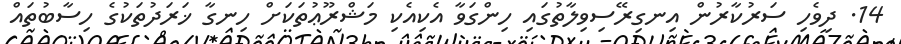
14. ދިވެހި ސަރުކާރުން އިނގިރޭސިވިލާތުގައި ހިންގަވާ އެކިއެކި މަޝްރޫޢުތަކަށް ހިނގާ ޚަރަދުތަކުގެ ހިސާބުތައް